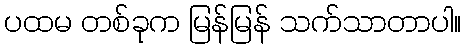
ပထမ တစ်ခုက မြန်မြန် သက်သာတာပါ။